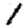
Digit: 1